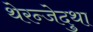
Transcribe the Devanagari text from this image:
थेरन्जेदुथा